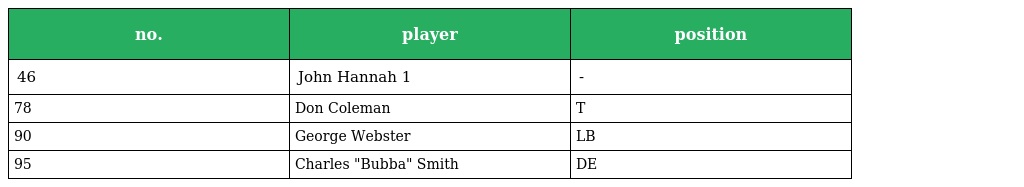
| no. | player | position |
 | --- | --- | --- |
 | 46 | John Hannah 1 | - |
 | 78 | Don Coleman | T |
 | 90 | George Webster | LB |
 | 95 | Charles "Bubba" Smith | DE |